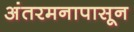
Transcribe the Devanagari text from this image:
अंतरमनापासून